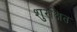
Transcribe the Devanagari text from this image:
शुरक्षित